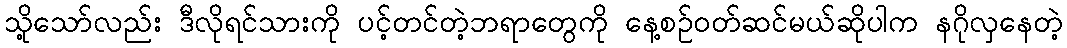
သို့သော်လည်း ဒီလိုရင်သားကို ပင့်တင်တဲ့ဘရာတွေကို နေ့စဉ်ဝတ်ဆင်မယ်ဆိုပါက နဂိုလှနေတဲ့